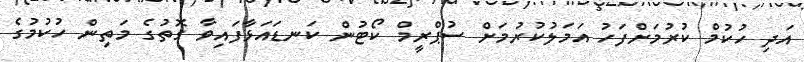
އަދި ހުކުމް ކުރުމަށްފަހު އަމަލުކުރުމަށް ސުޕްރީމް ކޯޓުން ކަނޑައަޅާފައިވާ ގޮތުގެ މަތިން ހުކުމުގެ